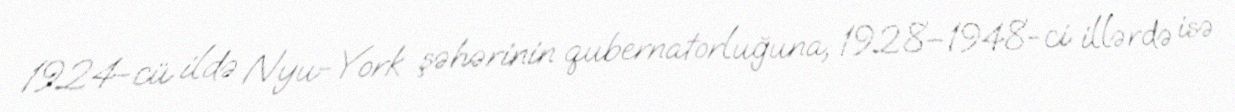
1924-cü ildə Nyu-York şəhərinin qubernatorluğuna, 1928–1948-ci illərdə isə